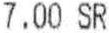
7.00 SR